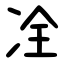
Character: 㓌